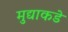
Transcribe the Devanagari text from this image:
मुद्याकडे